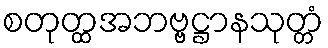
စတုတ္ထအဘဗ္ဗဋ္ဌာနသုတ္တံ